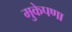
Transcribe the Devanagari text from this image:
मुकेपणा